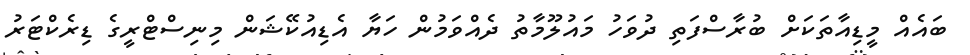
ބައެއް މީޑިއާތަކަށް ބުރާސްފަތި ދުވަހު މައުލޫމާތު ދެއްވަމުން ހަޔާ އެޑިއުކޭޝަން މިނިސްޓްރީގެ ޑިރެކްޓަރު